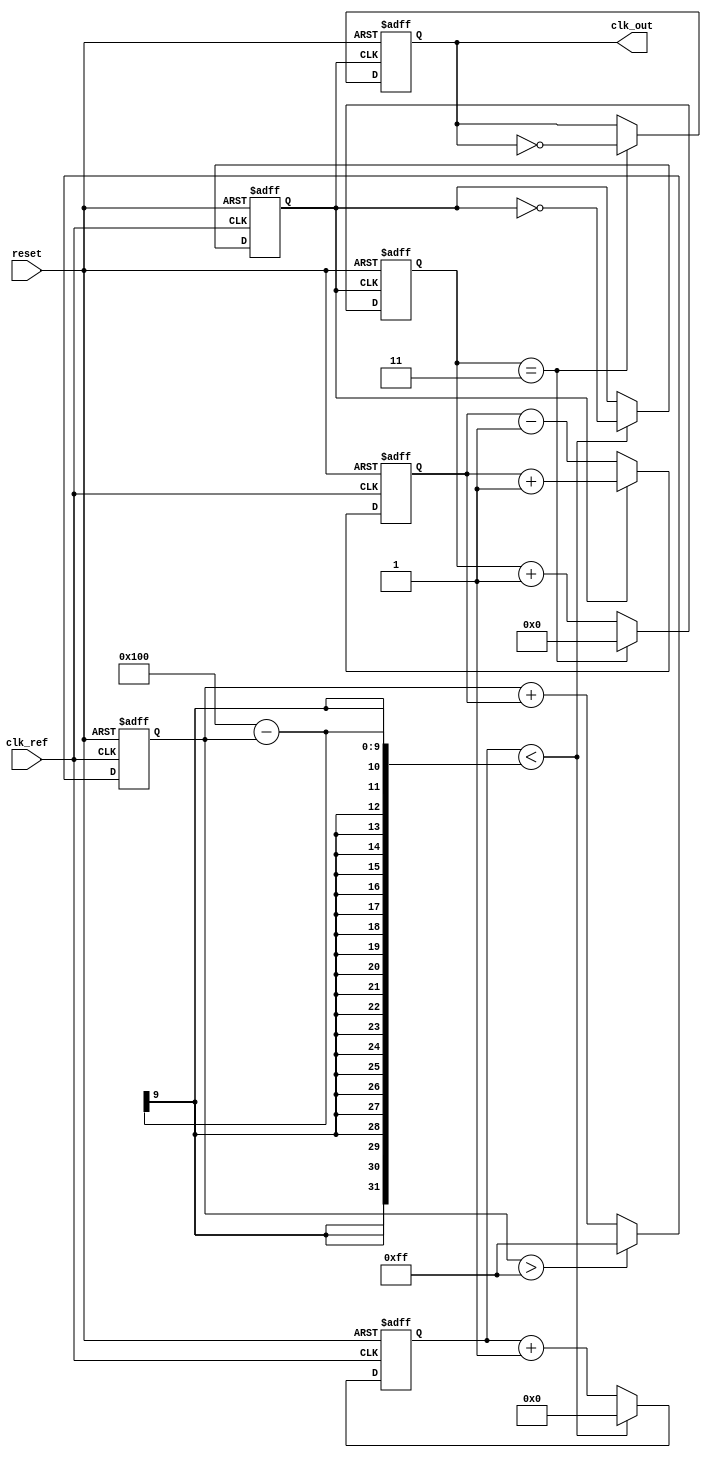
module PLL (
    input wire clk_ref,        // Reference clock input
    input wire reset,          // Asynchronous reset
    output reg clk_out         // Output clock
);
    
    // Parameters
    parameter integer N = 4;   // Frequency multiplication factor
    parameter integer FILTER_WIDTH = 8; // Width of the control voltage signal

    // Internal signals
    reg [FILTER_WIDTH-1:0] control_voltage; // Control voltage for VCO
    reg [FILTER_WIDTH-1:0] error_signal;    // Error signal from phase detector
    reg [31:0] vco_counter;                  // VCO counter for generating output clock
    reg clk_vco;                             // VCO output clock

    // Phase Detector (PD)
    always @(posedge clk_ref or posedge reset) begin
        if (reset) begin
            error_signal <= 0;
        end else begin
            // Simple phase comparison logic
            if (clk_vco) begin
                error_signal <= error_signal + 1; // Phase is ahead
            end else begin
                error_signal <= error_signal - 1; // Phase is behind
            end
        end
    end

    // Loop Filter (LF)
    always @(posedge clk_ref or posedge reset) begin
        if (reset) begin
            control_voltage <= 0;
        end else begin
            // Simple low-pass filter (integral action)
            control_voltage <= control_voltage + error_signal;
            // Optional: limit the control voltage to avoid overflow
            if (control_voltage > (1 << FILTER_WIDTH) - 1) begin
                control_voltage <= (1 << FILTER_WIDTH) - 1;
            end
        end
    end

    // Voltage-Controlled Oscillator (VCO)
    always @(posedge clk_ref or posedge reset) begin
        if (reset) begin
            vco_counter <= 0;
            clk_vco <= 0;
        end else begin
            // Adjust the VCO frequency based on control voltage
            if (vco_counter < (1 << FILTER_WIDTH) - control_voltage) begin
                clk_vco <= ~clk_vco; // Toggle VCO output clock
                vco_counter <= 0;
            end else begin
                vco_counter <= vco_counter + 1;
            end
        end
    end

    // Frequency Divider (optional)
    reg [N-1:0] divider_counter;
    always @(posedge clk_vco or posedge reset) begin
        if (reset) begin
            divider_counter <= 0;
            clk_out <= 0;
        end else begin
            if (divider_counter == N - 1) begin
                clk_out <= ~clk_out; // Output clock
                divider_counter <= 0;
            end else begin
                divider_counter <= divider_counter + 1;
            end
        end
    end

endmodule